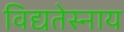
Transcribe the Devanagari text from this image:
विद्यतेस्नाय